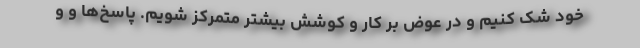
خود شک کنیم و در عوض بر کار و کوشش بیشتر متمرکز شویم. پاسخ‌ها و و